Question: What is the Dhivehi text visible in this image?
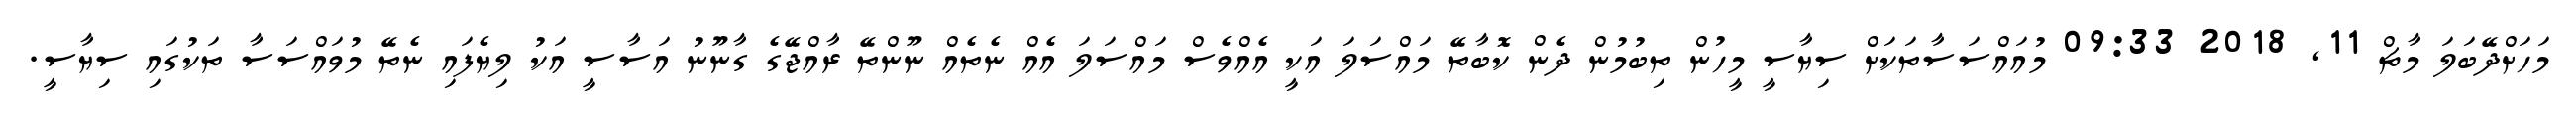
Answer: މަހަށްދޭބަލަ މާޗް 11, 2018 09:33 މުއައްސަސާތަކަށް ސިޔާސީ މީހުން ތިބުމުން ދެން ކޮބާތޭ މައްސަލަ އަކީ އެއްވެސް މައްސަލަ އެއް ނެތެއް ނޫންތޭ ރާއްޖޭގެ ގާނޫނު އަސާސީ އަކު ލިޔެފައި ނެތޭ މުވައްސަސާ ތަކުގައި ސިޔާސީ.